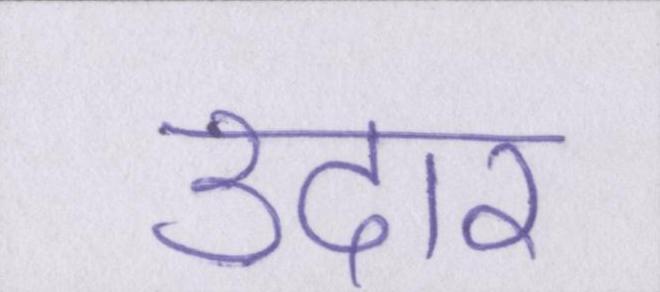
उदार